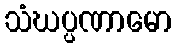
သံဃပ္ပဏာမော